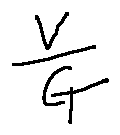
\frac { V } { G }